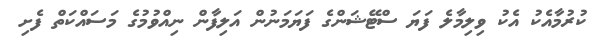
ކުރުމާއެކު އެކު ވިލިމާލެ ފަޔަ ސްޓޭޝަންގެ ފަޔަމަނުން އަލިފާން ނިއްވުމުގެ މަސައްކަތް ފެށި